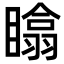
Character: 䁯